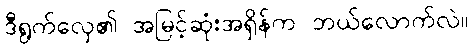
ဒီရွက်လှေ၏ အမြင့်ဆုံးအရှိန်က ဘယ်လောက်လဲ။